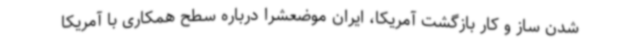
شدن ساز و کار بازگشت آمریکا، ایران موضعشرا درباره سطح همکاری با آمریکا